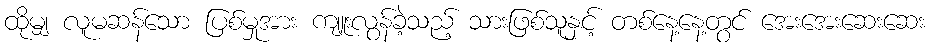
ထိုမျှ လူမဆန်သော ပြစ်မှုအား ကျူးလွန်ခဲ့သည့် သားဖြစ်သူနှင့် တစ်နေ့နေ့တွင် အေးအေးဆေးဆေး